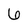
Character: 6